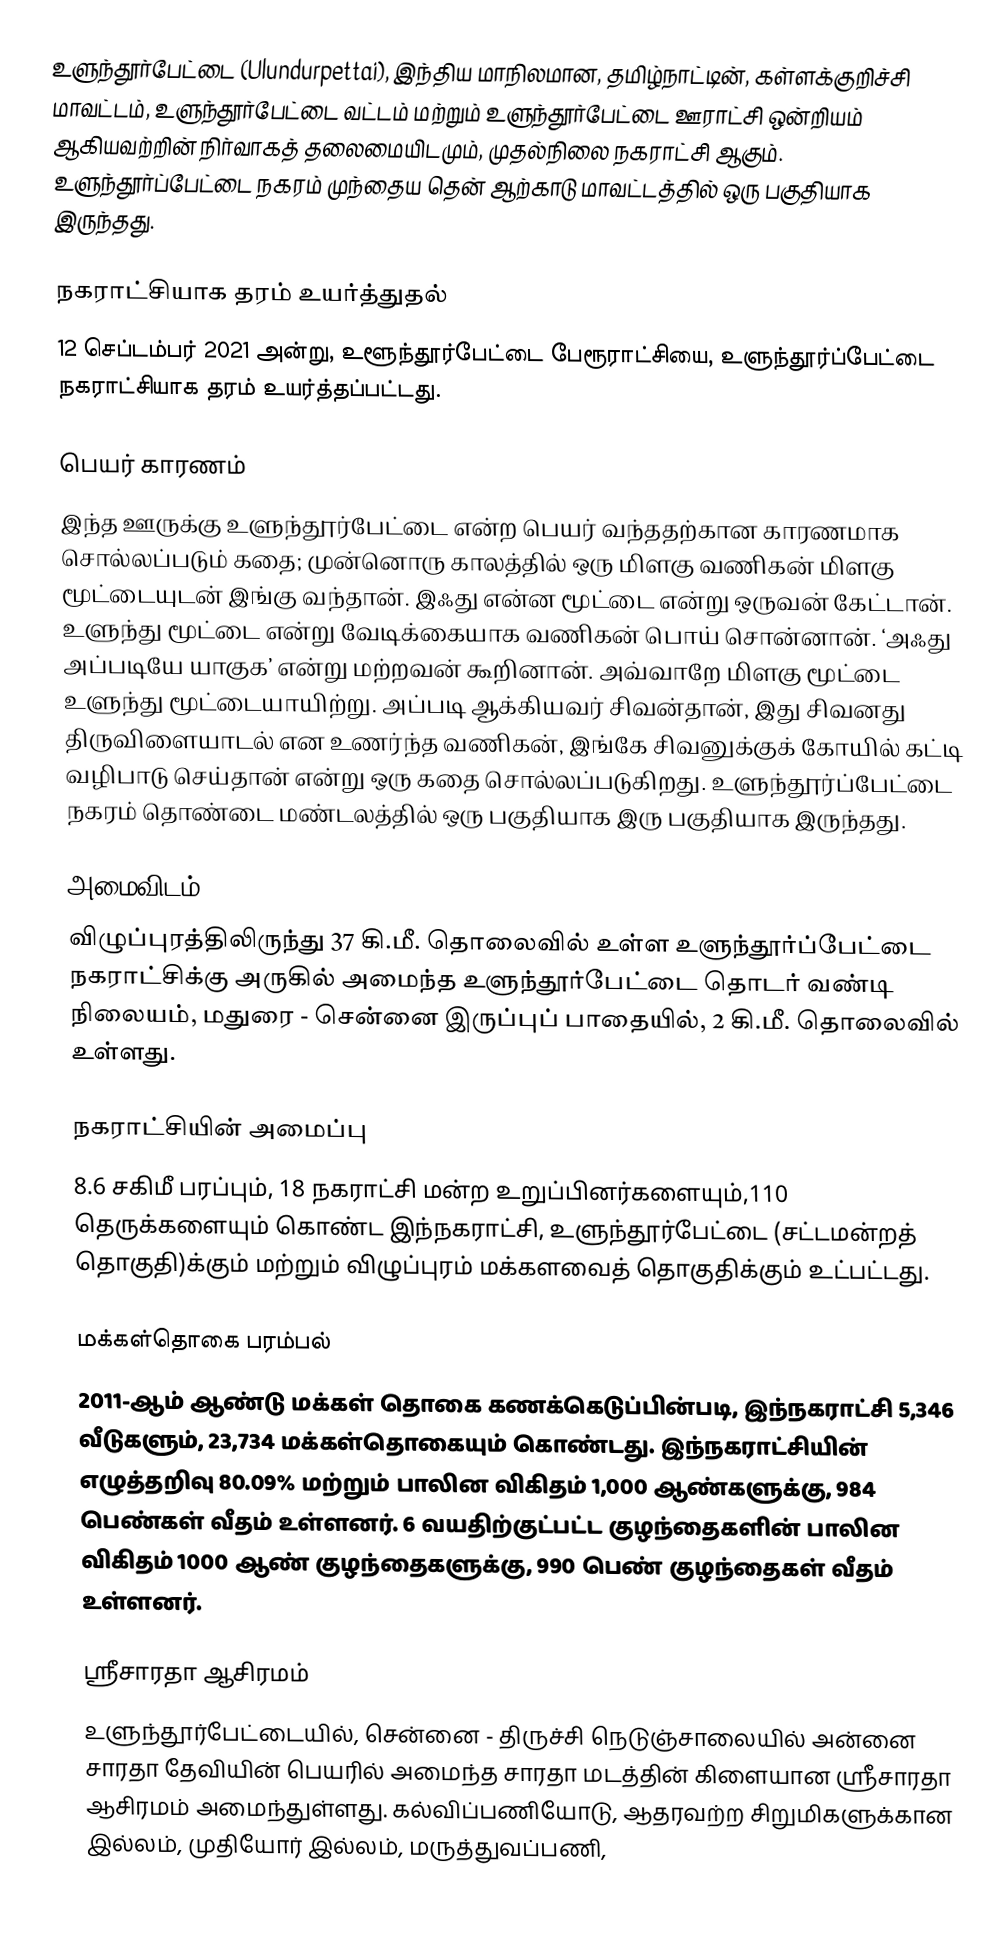
உளுந்தூர்பேட்டை (Ulundurpettai), இந்திய மாநிலமான, தமிழ்நாட்டின், கள்ளக்குறிச்சி மாவட்டம், உளுந்தூர்பேட்டை வட்டம் மற்றும் உளுந்தூர்பேட்டை ஊராட்சி ஒன்றியம் ஆகியவற்றின் நிர்வாகத் தலைமையிடமும், முதல்நிலை நகராட்சி ஆகும். உளுந்தூர்ப்பேட்டை நகரம் முந்தைய தென் ஆற்காடு மாவட்டத்தில் ஒரு பகுதியாக இருந்தது.

நகராட்சியாக தரம் உயர்த்துதல்
12 செப்டம்பர் 2021 அன்று, உளூந்தூர்பேட்டை பேரூராட்சியை, உளுந்தூர்ப்பேட்டை நகராட்சியாக தரம் உயர்த்தப்பட்டது.

பெயர் காரணம்
இந்த ஊருக்கு உளுந்தூர்பேட்டை என்ற பெயர் வந்ததற்கான காரணமாக சொல்லப்படும் கதை; முன்னொரு காலத்தில் ஒரு மிளகு வணிகன் மிளகு மூட்டையுடன் இங்கு வந்தான். இஃது என்ன மூட்டை என்று ஒருவன் கேட்டான். உளுந்து மூட்டை என்று வேடிக்கையாக வணிகன் பொய் சொன்னான். ‘அஃது அப்படியே யாகுக’ என்று மற்றவன் கூறினான். அவ்வாறே மிளகு மூட்டை உளுந்து மூட்டையாயிற்று. அப்படி ஆக்கியவர் சிவன்தான், இது சிவனது திருவிளையாடல் என உணர்ந்த வணிகன், இங்கே சிவனுக்குக் கோயில் கட்டி வழிபாடு செய்தான் என்று ஒரு கதை சொல்லப்படுகிறது. உளுந்தூர்ப்பேட்டை நகரம் தொண்டை மண்டலத்தில் ஒரு பகுதியாக இரு பகுதியாக இருந்தது.

அமைவிடம்
விழுப்புரத்திலிருந்து 37 கி.மீ. தொலைவில் உள்ள உளுந்தூர்ப்பேட்டை நகராட்சிக்கு அருகில் அமைந்த உளுந்தூர்பேட்டை தொடர் வண்டி நிலையம், மதுரை - சென்னை இருப்புப் பாதையில், 2 கி.மீ. தொலைவில் உள்ளது.

நகராட்சியின் அமைப்பு
8.6 சகிமீ பரப்பும், 18 நகராட்சி மன்ற உறுப்பினர்களையும்,110 தெருக்களையும் கொண்ட இந்நகராட்சி, உளுந்தூர்பேட்டை (சட்டமன்றத் தொகுதி)க்கும் மற்றும் விழுப்புரம் மக்களவைத் தொகுதிக்கும் உட்பட்டது.

மக்கள்தொகை பரம்பல்
2011-ஆம் ஆண்டு மக்கள் தொகை கணக்கெடுப்பின்படி, இந்நகராட்சி 5,346 வீடுகளும், 23,734 மக்கள்தொகையும் கொண்டது. இந்நகராட்சியின் எழுத்தறிவு 80.09% மற்றும் பாலின விகிதம் 1,000 ஆண்களுக்கு, 984 பெண்கள் வீதம் உள்ளனர். 6 வயதிற்குட்பட்ட குழந்தைகளின் பாலின விகிதம் 1000 ஆண் குழந்தைகளுக்கு, 990 பெண் குழந்தைகள் வீதம் உள்ளனர்.

ஸ்ரீசாரதா ஆசிரமம்
உளுந்தூர்பேட்டையில், சென்னை - திருச்சி நெடுஞ்சாலையில் அன்னை சாரதா தேவியின் பெயரில் அமைந்த சாரதா மடத்தின் கிளையான ஸ்ரீசாரதா ஆசிரமம் அமைந்துள்ளது. கல்விப்பணியோடு, ஆதரவற்ற சிறுமிகளுக்கான இல்லம், முதியோர் இல்லம், மருத்துவப்பணி,